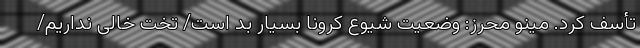
تأسف کرد. مینو محرز: وضعیت شیوع کرونا بسیار بد است/ تخت خالی نداریم/